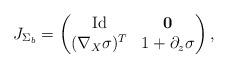
LaTeX: \begin{align*}J_{\Sigma_b} =\begin{pmatrix}\mathrm{Id} & \mathbf{0}\\(\nabla_X \sigma)^T &1+ \partial_z \sigma\end{pmatrix},\end{align*}